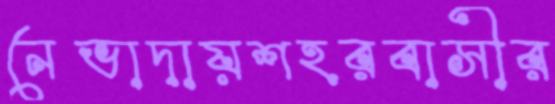
নেভাদায়শহরবাসীর